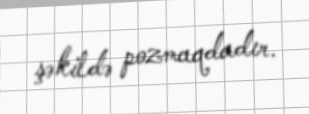
şəkildə pozmaqdadır.